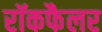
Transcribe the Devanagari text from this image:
रॉकफैलर